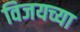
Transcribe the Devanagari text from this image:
विजयच्या